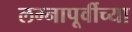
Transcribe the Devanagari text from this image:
लग्नापूर्वीच्या